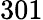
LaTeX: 301